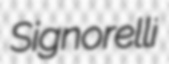
Signorelli